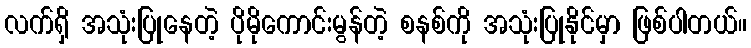
လက်ရှိ အသုံးပြုနေတဲ့ ပိုမိုကောင်းမွန်တဲ့ စနစ်ကို အသုံးပြုနိုင်မှာ ဖြစ်ပါတယ်။